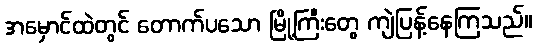
အမှောင်ထဲတွင် တောက်ပသော မြို့ကြီးတွေ ကျဲပြန့်နေကြသည်။